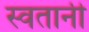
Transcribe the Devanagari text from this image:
स्वतानी